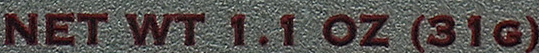
NET WT 1.1 OZ (31G)